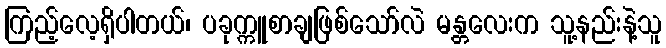
ကြည့်လေ့ရှိပါတယ်၊ ပခုက္ကူစာချဖြစ်သော်လဲ မန္တလေးက သူ့နည်းနဲ့သူ